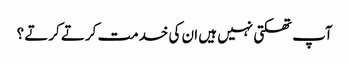
آپ تھکتی نہیں ہیں ان کی خدمت کرتے کرتے ؟